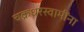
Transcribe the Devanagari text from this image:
चक्रधरस्वामींना